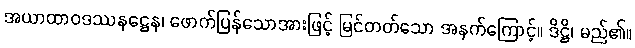
အယာထာဝဒဿနဋ္ဌေန၊ ဖောက်ပြန်သောအားဖြင့် မြင်တတ်သော အနက်ကြောင့်။ ဒိဋ္ဌိ၊ မည်၏။